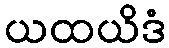
ယထယိဒံ